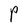
Character: P